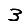
Digit: 3